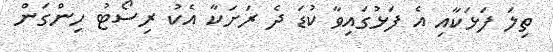
ތިލަ ފަޅަކާއި އެ ފަޅުގައިވާ ކުޑަ ދެ ރަށަކާ އެކު ރިސޯޓު ހިންގަން